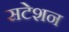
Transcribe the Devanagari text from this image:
सटेशन